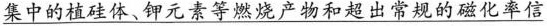
集中的植硅体、钾元素等燃烧产物和超出常规的磁化率信